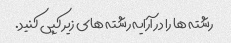
رشته ها را در آرایه رشته های زیر کپی کنید.